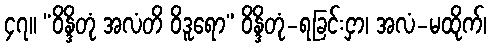
၄၇။ “ဝိန္ဒိတုံ အလံတိ ဝိဒူရော” ဝိန္ဒိတုံ-ရခြင်းငှာ၊ အလံ-မထိုက်၊